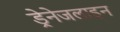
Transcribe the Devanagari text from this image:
ड्रेनेजलाइन